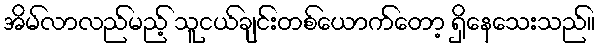
အိမ်လာလည်မည့် သူငယ်ချင်းတစ်ယောက်တော့ ရှိနေသေးသည်။